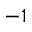
^ { - 1 }